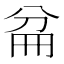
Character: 𠔕